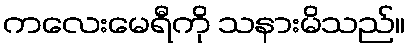
ကလေးမေရီကို သနားမိသည်။